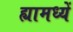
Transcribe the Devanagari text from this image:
ह्यामध्यें